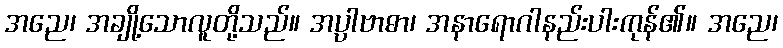
အညေ၊ အချို့သောလူတို့သည်။ အပ္ပါဗာဓာ၊ အနာရောဂါနည်းပါးကုန်၏။ အညေ၊